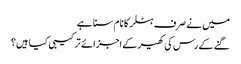
میں نے صرف ہٹلر کا نام سنا ہے
گنے کے رس کی کھیر کے اجزائے ترکیبی کیا ہیں؟